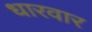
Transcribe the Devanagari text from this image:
धारवार